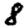
Digit: 8